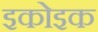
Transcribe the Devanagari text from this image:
इकोइक